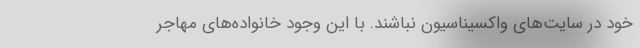
خود در سایت‌های واکسیناسیون نباشند. با این وجود خانواده‌های مهاجر